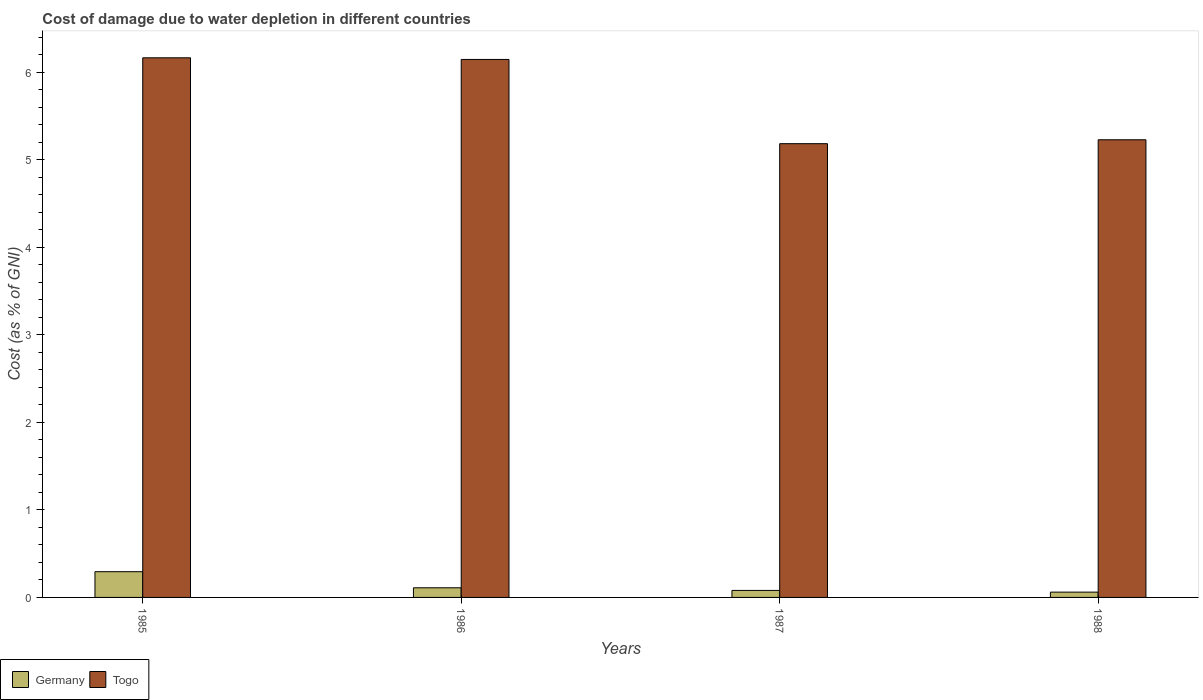
| Years | Germany | Togo |
 | --- | --- | --- |
 | 1985 | 0.294 | 6.16 |
 | 1986 | 0.11 | 6.14 |
 | 1987 | 0.0801 | 5.18 |
 | 1988 | 0.0605 | 5.23 |